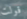
قولت